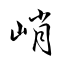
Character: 峭